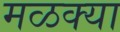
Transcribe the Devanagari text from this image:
मळक्या